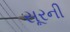
સૂરની